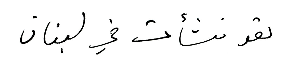
لقد نشأت في لبنان